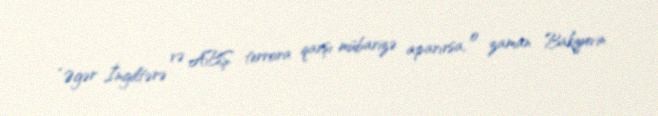
“Əgər İngiltərə və ABŞ terrora qarşı mübarizə aparırsa, o zaman Bakiyevin